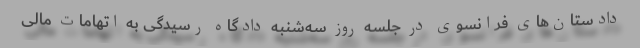
دادستان‌های فرانسوی در جلسه روز سه‌شنبه دادگاه رسیدگی به اتهامات مالی